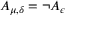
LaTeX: A _ { \mu , \delta } = \neg A _ { \epsilon }